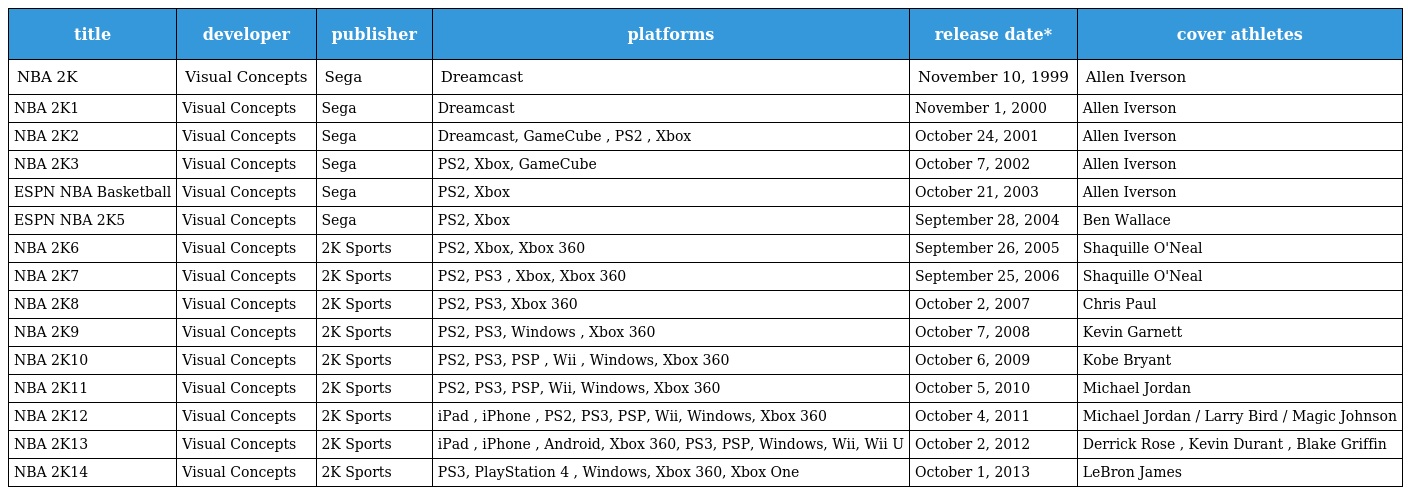
| title | developer | publisher | platforms | release date* | cover athletes |
 | --- | --- | --- | --- | --- | --- |
 | NBA 2K | Visual Concepts | Sega | Dreamcast | November 10, 1999 | Allen Iverson |
 | NBA 2K1 | Visual Concepts | Sega | Dreamcast | November 1, 2000 | Allen Iverson |
 | NBA 2K2 | Visual Concepts | Sega | Dreamcast, GameCube , PS2 , Xbox | October 24, 2001 | Allen Iverson |
 | NBA 2K3 | Visual Concepts | Sega | PS2, Xbox, GameCube | October 7, 2002 | Allen Iverson |
 | ESPN NBA Basketball | Visual Concepts | Sega | PS2, Xbox | October 21, 2003 | Allen Iverson |
 | ESPN NBA 2K5 | Visual Concepts | Sega | PS2, Xbox | September 28, 2004 | Ben Wallace |
 | NBA 2K6 | Visual Concepts | 2K Sports | PS2, Xbox, Xbox 360 | September 26, 2005 | Shaquille O'Neal |
 | NBA 2K7 | Visual Concepts | 2K Sports | PS2, PS3 , Xbox, Xbox 360 | September 25, 2006 | Shaquille O'Neal |
 | NBA 2K8 | Visual Concepts | 2K Sports | PS2, PS3, Xbox 360 | October 2, 2007 | Chris Paul |
 | NBA 2K9 | Visual Concepts | 2K Sports | PS2, PS3, Windows , Xbox 360 | October 7, 2008 | Kevin Garnett |
 | NBA 2K10 | Visual Concepts | 2K Sports | PS2, PS3, PSP , Wii , Windows, Xbox 360 | October 6, 2009 | Kobe Bryant |
 | NBA 2K11 | Visual Concepts | 2K Sports | PS2, PS3, PSP, Wii, Windows, Xbox 360 | October 5, 2010 | Michael Jordan |
 | NBA 2K12 | Visual Concepts | 2K Sports | iPad , iPhone , PS2, PS3, PSP, Wii, Windows, Xbox 360 | October 4, 2011 | Michael Jordan / Larry Bird / Magic Johnson |
 | NBA 2K13 | Visual Concepts | 2K Sports | iPad , iPhone , Android, Xbox 360, PS3, PSP, Windows, Wii, Wii U | October 2, 2012 | Derrick Rose , Kevin Durant , Blake Griffin |
 | NBA 2K14 | Visual Concepts | 2K Sports | PS3, PlayStation 4 , Windows, Xbox 360, Xbox One | October 1, 2013 | LeBron James |